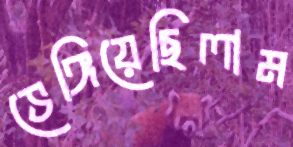
ভেঙ্গিয়েছিলাম